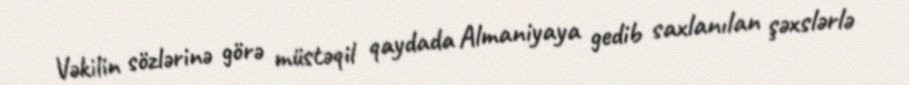
Vəkilin sözlərinə görə müstəqil qaydada Almaniyaya gedib saxlanılan şəxslərlə